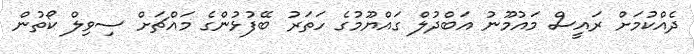
ދެއްކުމަށް ރައީސް މައުމޫނު އަބްދުލް ގައްޔޫމުގެ ހަތަރު ބޭފުޅުންގެ މައްޗަށް ސިވިލް ކޯތުން